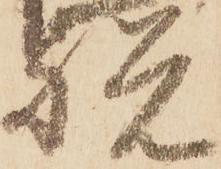
祝